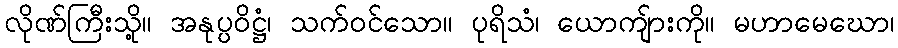
လိုဏ်ကြီးသို့။ အနုပ္ပဝိဋ္ဌံ၊ သက်ဝင်သော။ ပုရိသံ၊ ယောကျ်ားကို။ မဟာမေဃော၊